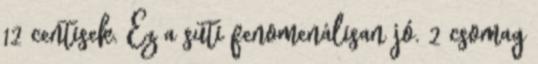
12 centisek. Ez a süti fenomenálisan jó. 2 csomag